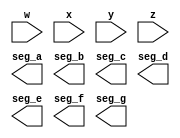
`timescale 1ns / 1ps
//////////////////////////////////////////////////////////////////////////////////
// Company: 
// Engineer: 
// 
// Design Name: 
// Module Name: decoder_bin_hex_7seg
// Project Name: 
// Target Devices: 
// Tool Versions: 
// Description: 
// 
// Dependencies: 
// 
// Revision:
// Revision 0.01 - File Created
// Additional Comments:
// 
//////////////////////////////////////////////////////////////////////////////////


module decoder_bin_hex_7seg(
    input w,
    input x,
    input y,
    input z,
    output seg_a,
    output seg_b,
    output seg_c,
    output seg_d,
    output seg_e,
    output seg_f,
    output seg_g
    );
endmodule